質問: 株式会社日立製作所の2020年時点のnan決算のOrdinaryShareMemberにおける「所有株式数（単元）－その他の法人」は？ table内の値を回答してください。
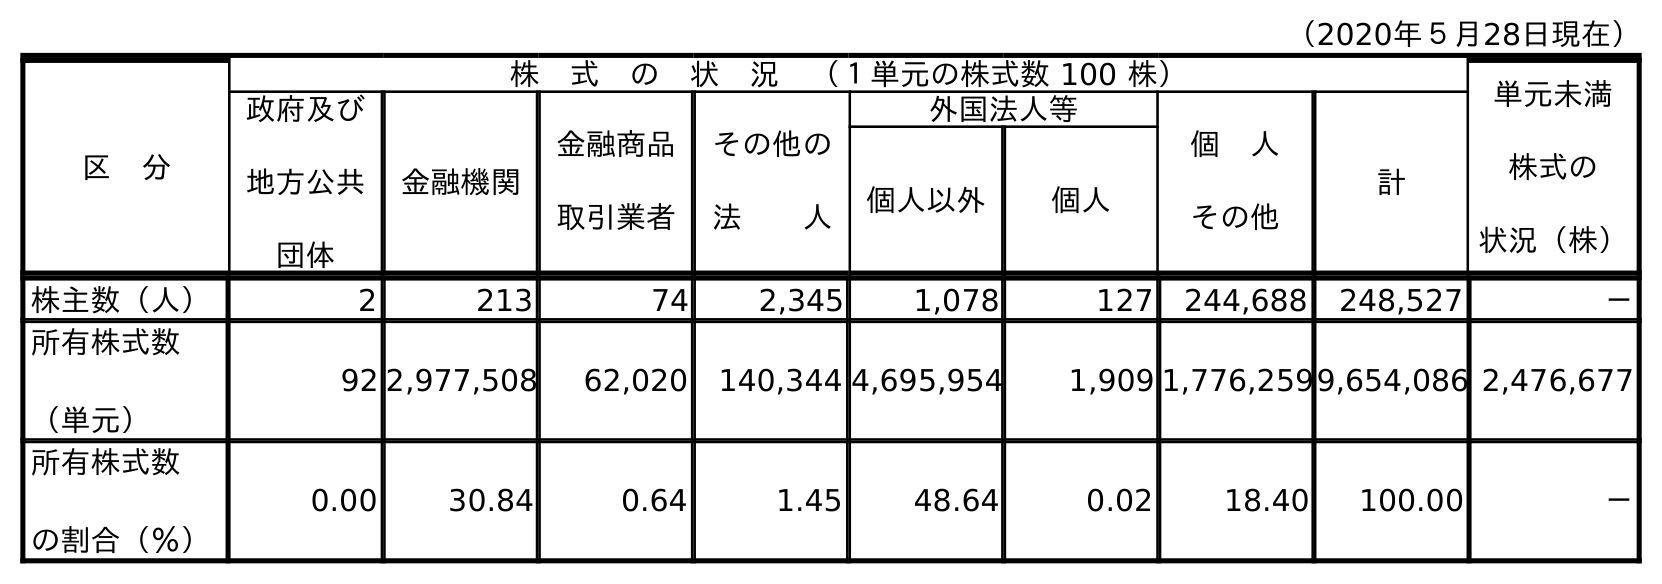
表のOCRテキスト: （2020年５月28日現在） 区 分 株 式 の 状 況 （１単元の株式数 100 株） 単元未満 株式の 状況（株） 政府及び 地方公共 団体 金融機関 金融商品 取引業者 その他の 法  人 外国法人等 個 人 その他 計 個人以外 個人 株主数（人） 2 213 74 2,345 1,078 127 244,688 248,527 － 所有株式数 （単元） 92 2,977,508 62,020 140,344 4,695,954 1,909 1,776,2599,654,086 2,476,677 所有株式数 の割合（％） 0.00 30.84 0.64 1.45 48.64 0.02 18.40 100.00 －
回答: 140,344